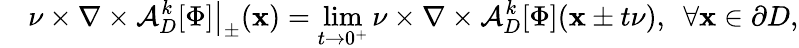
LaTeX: \quad\nu\times\nabla\times\mathcal{A}_{D}^{k}[\Phi]\big\vert_{\pm}(\mathbf{x})=\operatorname*{lim}_{t\rightarrow 0^{+}}\nu\times\nabla\times\mathcal{A}_{D}^{k}[\Phi](\mathbf{x}\pm t\nu),~~\forall\mathbf{x}\in\partial D,